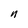
Character: n